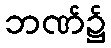
ဘဏ်၌